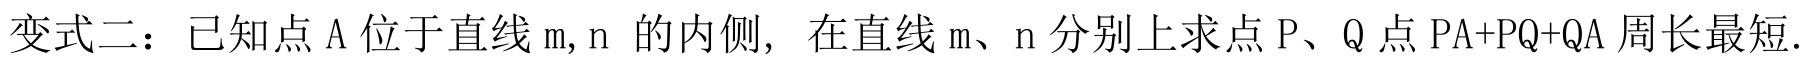
变式二：已知点 A 位于直线 m, n 的内侧, 在直线 m、n 分别上求点 P、Q 点 PA+PQ+QA 周长最短.